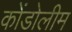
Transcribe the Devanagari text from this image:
कोंडोलीम